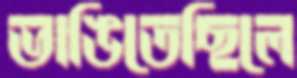
ভাঙিতেছিলে